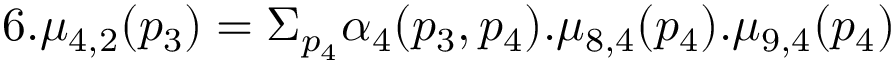
6 . \mu _ { 4 , 2 } ( p _ { 3 } ) = \Sigma _ { p _ { 4 } } \alpha _ { 4 } ( p _ { 3 } , p _ { 4 } ) . \mu _ { 8 , 4 } ( p _ { 4 } ) . \mu _ { 9 , 4 } ( p _ { 4 } )